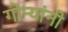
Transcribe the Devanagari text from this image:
गोर्‍यांनी